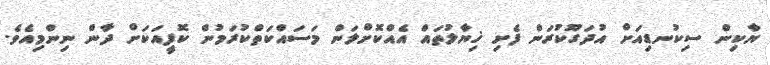
ޔާކިން ސިކުނޑިއަށް އުދަގޫކުރަން ފެށި ޚިޔާލުތައް އެއްކޮށްލަން މަސައްކަތްކުރަމުން ކޮފީއަކަށް ދާން ނިންމިއެވެ.